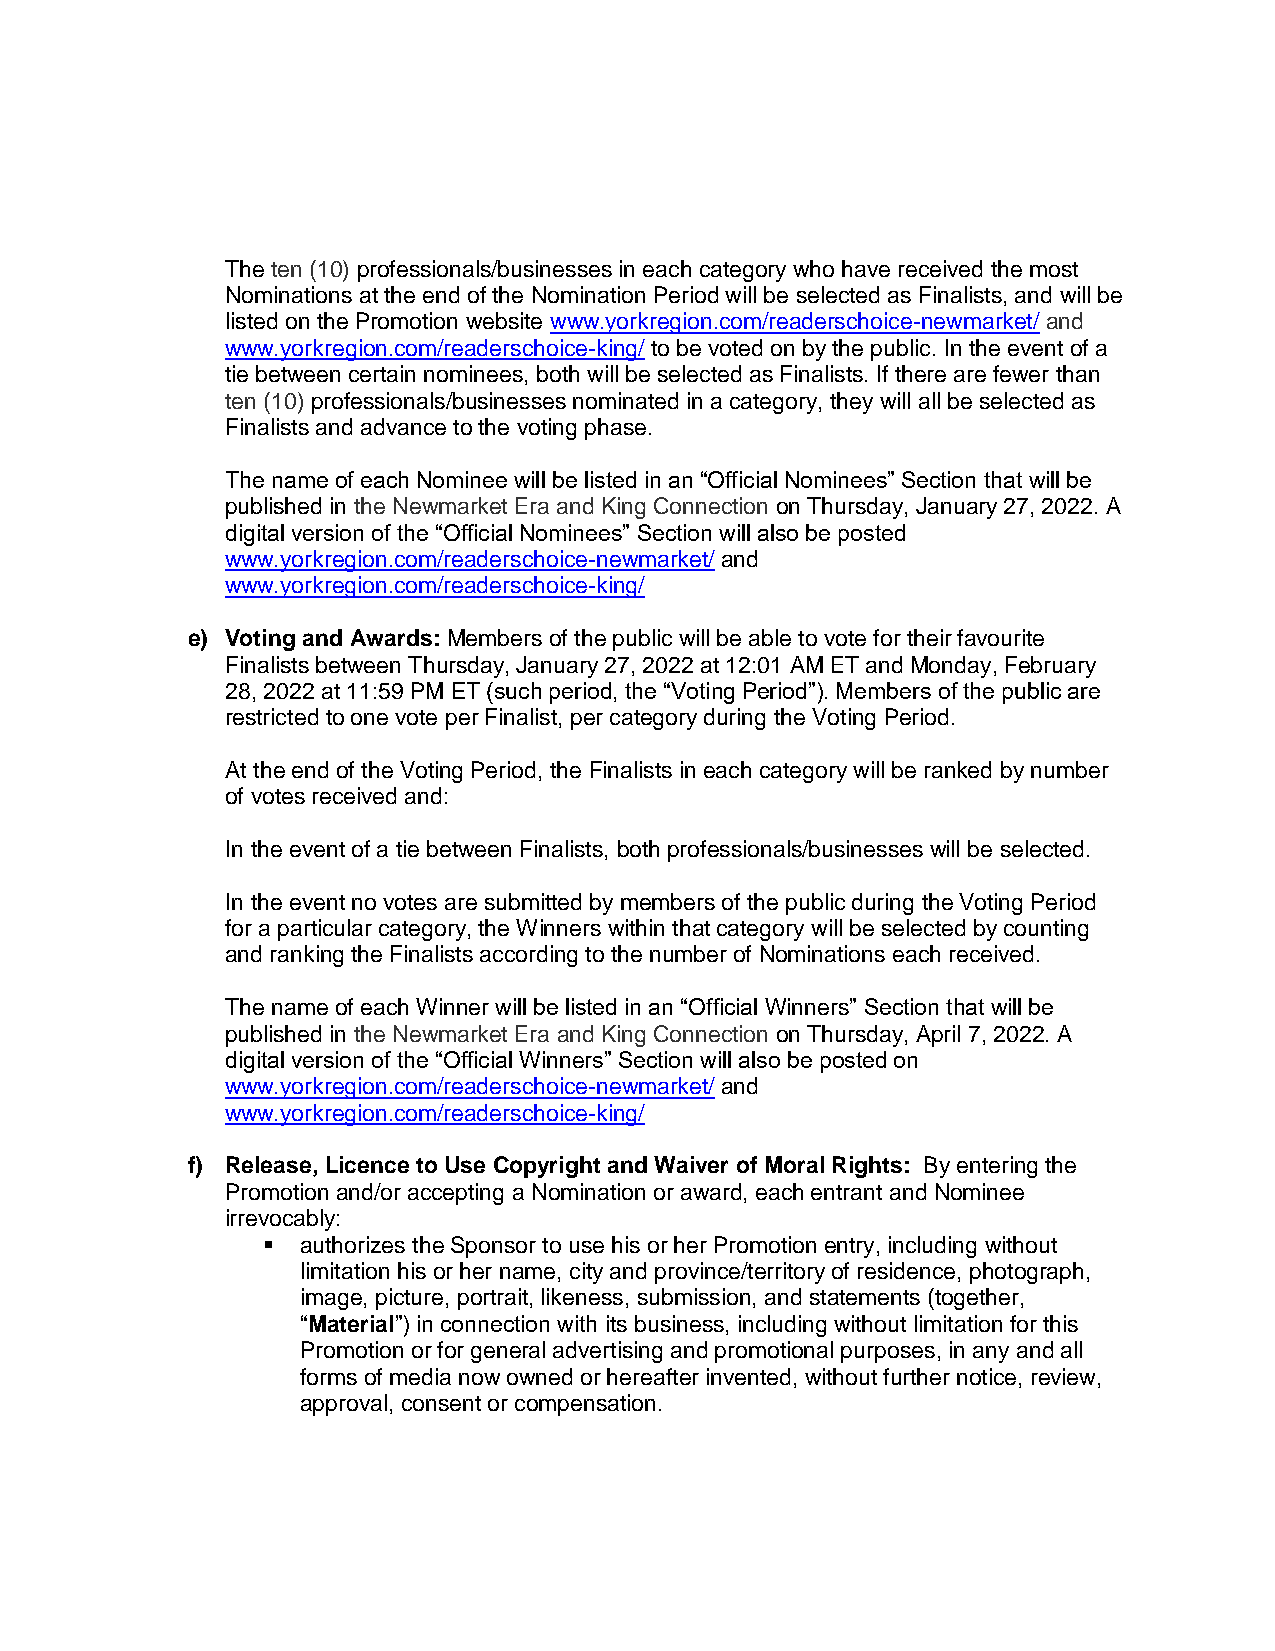
The ten (10) professionals/businesses in each category who have received the most
 Nominations at the end of the Nomination Period will be selected as Finalists, and will be
 listed on the Promotion website www.yorkregion.com/readerschoice-newmarket/ and
 www.yorkregion.com/readerschoice-king/ to be voted on by the public. In the event of a
 tie between certain nominees, both will be selected as Finalists. If there are fewer than
 ten (10) professionals/businesses nominated in a category, they will all be selected as
 Finalists and advance to the voting phase.
 The name of each Nominee will be listed in an “Official Nominees” Section that will be
 published in the Newmarket Era and King Connection on Thursday, January 27, 2022. A
 digital version of the “Official Nominees” Section will also be posted
 www.yorkregion.com/readerschoice-newmarket/ and
 www.yorkregion.com/readerschoice-king/
 e) Voting and Awards: Members of the public will be able to vote for their favourite
 Finalists between Thursday, January 27, 2022 at 12:01 AM ET and Monday, February
 28, 2022 at 11:59 PM ET (such period, the “Voting Period”). Members of the public are
 restricted to one vote per Finalist, per category during the Voting Period.
 At the end of the Voting Period, the Finalists in each category will be ranked by number
 of votes received and:
 In the event of a tie between Finalists, both professionals/businesses will be selected.
 In the event no votes are submitted by members of the public during the Voting Period
 for a particular category, the Winners within that category will be selected by counting
 and ranking the Finalists according to the number of Nominations each received.
 The name of each Winner will be listed in an “Official Winners” Section that will be
 published in the Newmarket Era and King Connection on Thursday, April 7, 2022. A
 digital version of the “Official Winners” Section will also be posted on
 www.yorkregion.com/readerschoice-newmarket/ and
 www.yorkregion.com/readerschoice-king/
 f) Release, Licence to Use Copyright and Waiver of Moral Rights: By entering the
 Promotion and/or accepting a Nomination or award, each entrant and Nominee
 irrevocably:
   authorizes the Sponsor to use his or her Promotion entry, including without
 limitation his or her name, city and province/territory of residence, photograph,
 image, picture, portrait, likeness, submission, and statements (together,
 “Material”) in connection with its business, including without limitation for this
 Promotion or for general advertising and promotional purposes, in any and all
 forms of media now owned or hereafter invented, without further notice, review,
 approval, consent or compensation.